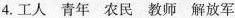
4.工人 青年 农民 教师 解放军